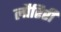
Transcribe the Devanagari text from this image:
लौरिरी